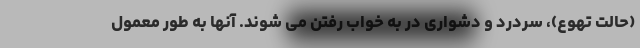
(حالت تهوع)، سردرد و دشواری در به خواب رفتن می شوند. آنها به طور معمول